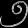
Digit: ၅